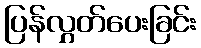
ပြန်လွှတ်ပေးခြင်း